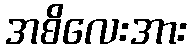
အစိလေးအား